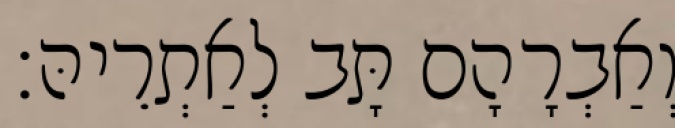
וְאַבְרָהָם תָּב לְאַתְרֵיהּ׃